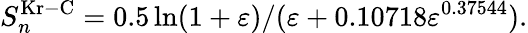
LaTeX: S_{n}^{\mathrm{Kr-C}}=0.5\ln(1+\varepsilon)/(\varepsilon+0.10718\varepsilon^{0.37544}).